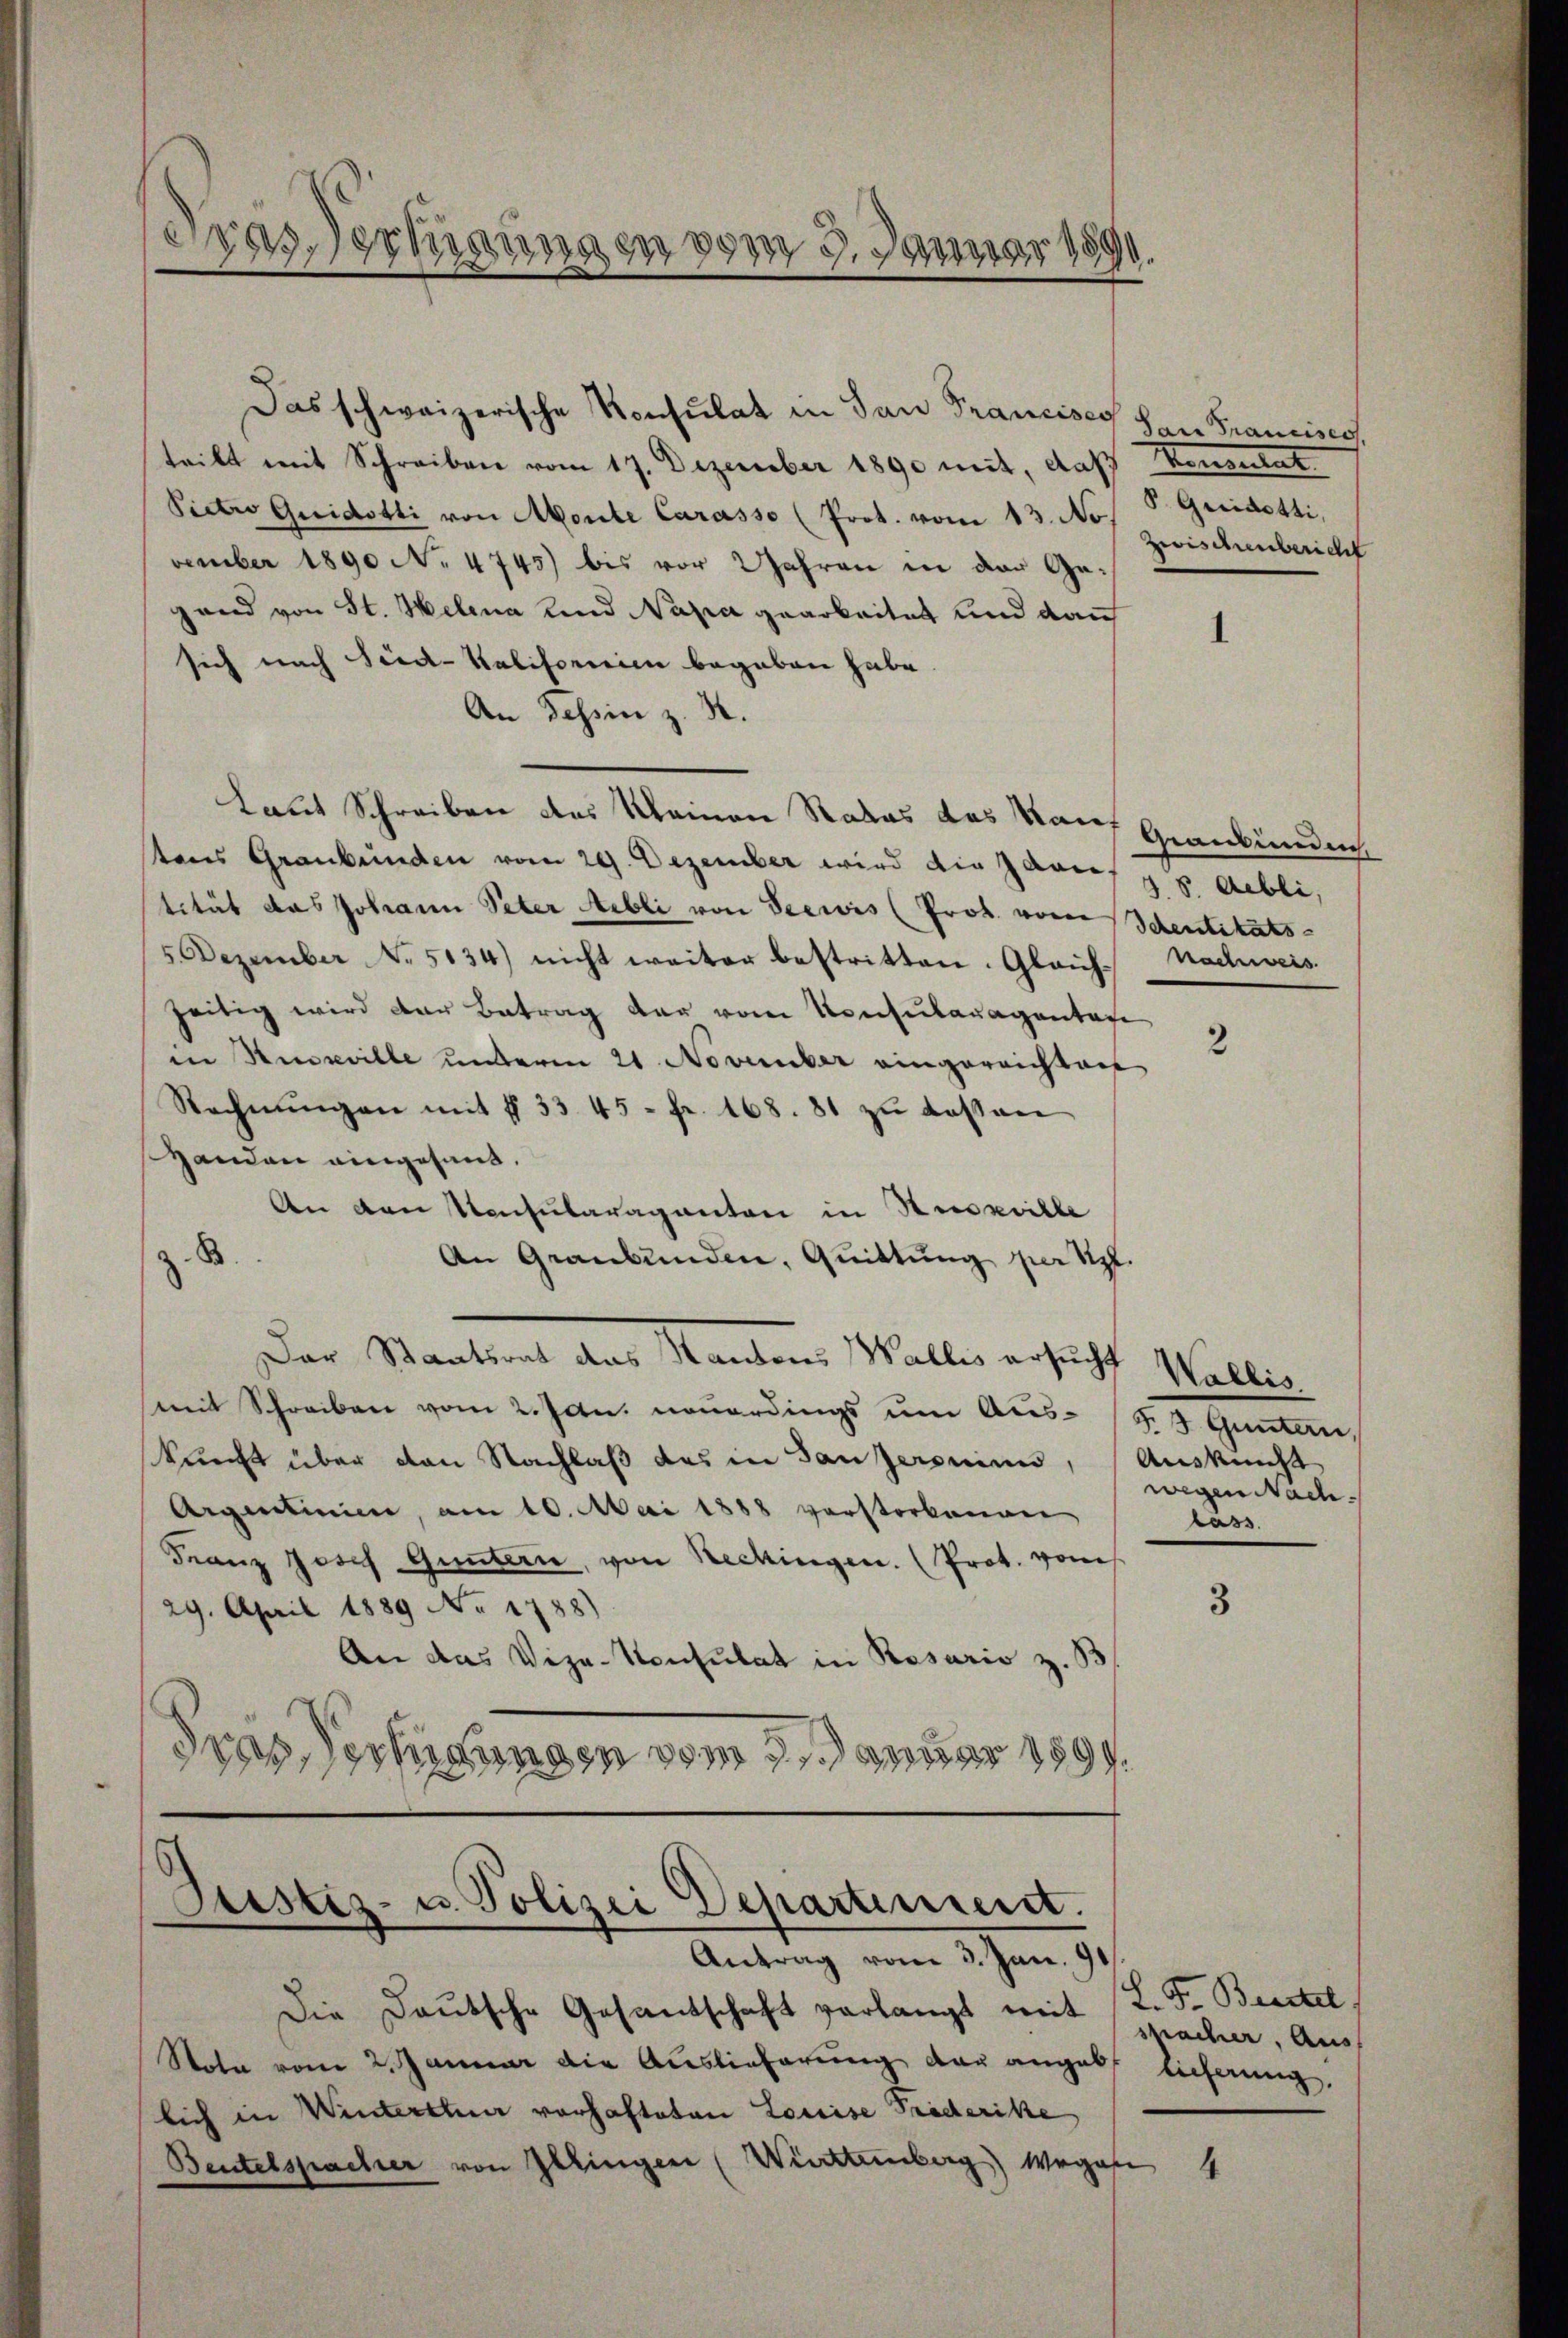
Das Vertigungen vom 9. Januar 1890.

teilt mit Schreiben vom 17. Dezember 1890 mit, daß Konsulat
Pietro Guidotti von Monte Carasse (Prot. vom 13. No
vember 1890 No. 4745) bis vor Wahren in der Gegand von St. Helena und Napa gearbeitet und dann
sich nach Sied-Kalifornien begeben habe.
An Tessin z. B.
Laut Schreiben des Kleinen Rates des Kauf Graubünden
tons Graubünden vom 29. Dezember wird die Janis zu gebli,
tität das Johann Peter Abli von Seewis (Prof. von Schentitäts-
5. Dezember No. 5134) nicht weiter bestritten. Gleich-Nachweis.
zeitig wird der Betrag der von Konsularagentate
in Hineville unterm 21 November eingereichten
Rechnŭngen mit § 33. 45 = Fr. 168. 81 zu dessen
Handen eingesand.
An den Konsularaganten in Stückeille
B.
An Graubünden, Quittung per Sept.
Der Staatsrat das Kantons Wallis ersucht Wallis.
mit Schreiben vom 2. Jan. neuerdings um Aus-S. J. Guntern
kunft über von Nachlaß das in Ganzeroninn, (Auskunft
Argentinie, am 10. Mai 1888 verstorbenen
Franz Josef Guntern, von Rechingen. (Prot. vom
29. April 1889 No 1788)
An das Vize-Konsulat in Rosario z.
Gras Verfügungen vom 17. Januar 1899.
Justiz- u. Polizei Departement.
Antrag vom 3. Jan. 91
Die Deutsche Gesandschaft verlangt mit L. F. Bestel
Stota vom 2. Januar die Auslieferung der angebt lieferung.
lich in Winterstuer vorhafteten Louise Triderike
Beutelspacher von Ellingen (Wirsteinberg Wegen 4

Das schweizerische Konsulat in San Francises han Francisest

S. Greidetti,
Zwischenbericht

2

wegen Nach
läss

3

spacher, Aus